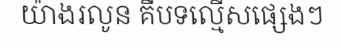
យ៉ាងរលូន គឺបទល្មើសផ្សេងៗ